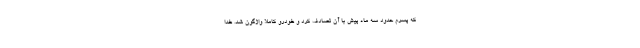
که پسرم حدود سه ماه پیش با آن تصادف کرد و خودرو کاملا واژگون شد. خدا